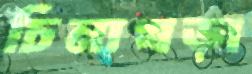
চিনাখড়া